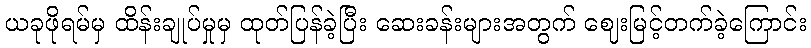
ယခုဖိုရမ်မှ ထိန်းချုပ်မှုမှ ထုတ်ပြန်ခဲ့ပြီး ဆေးခန်းများအတွက် ဈေးမြင့်တက်ခဲ့ကြောင်း